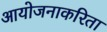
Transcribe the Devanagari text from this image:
आयोजनाकरिता